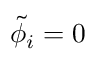
\tilde { \phi } _ { i } = 0